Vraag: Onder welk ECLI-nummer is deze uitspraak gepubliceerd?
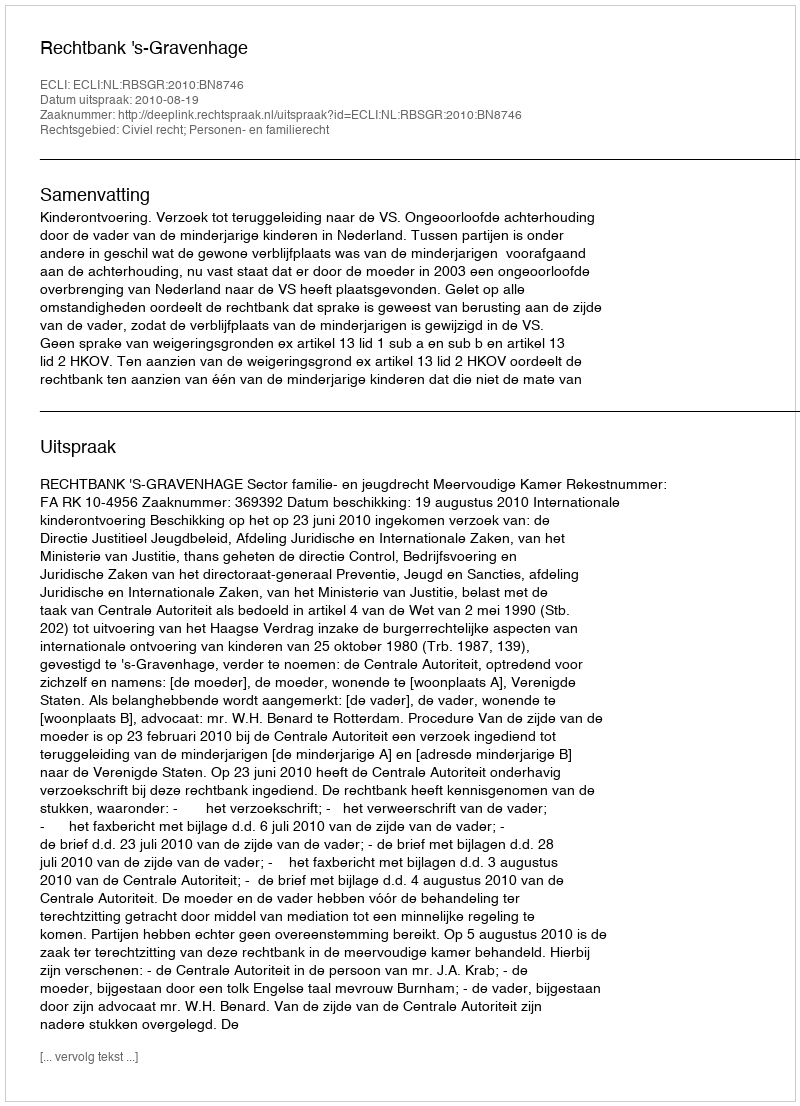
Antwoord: ECLI:NL:RBSGR:2010:BN8746